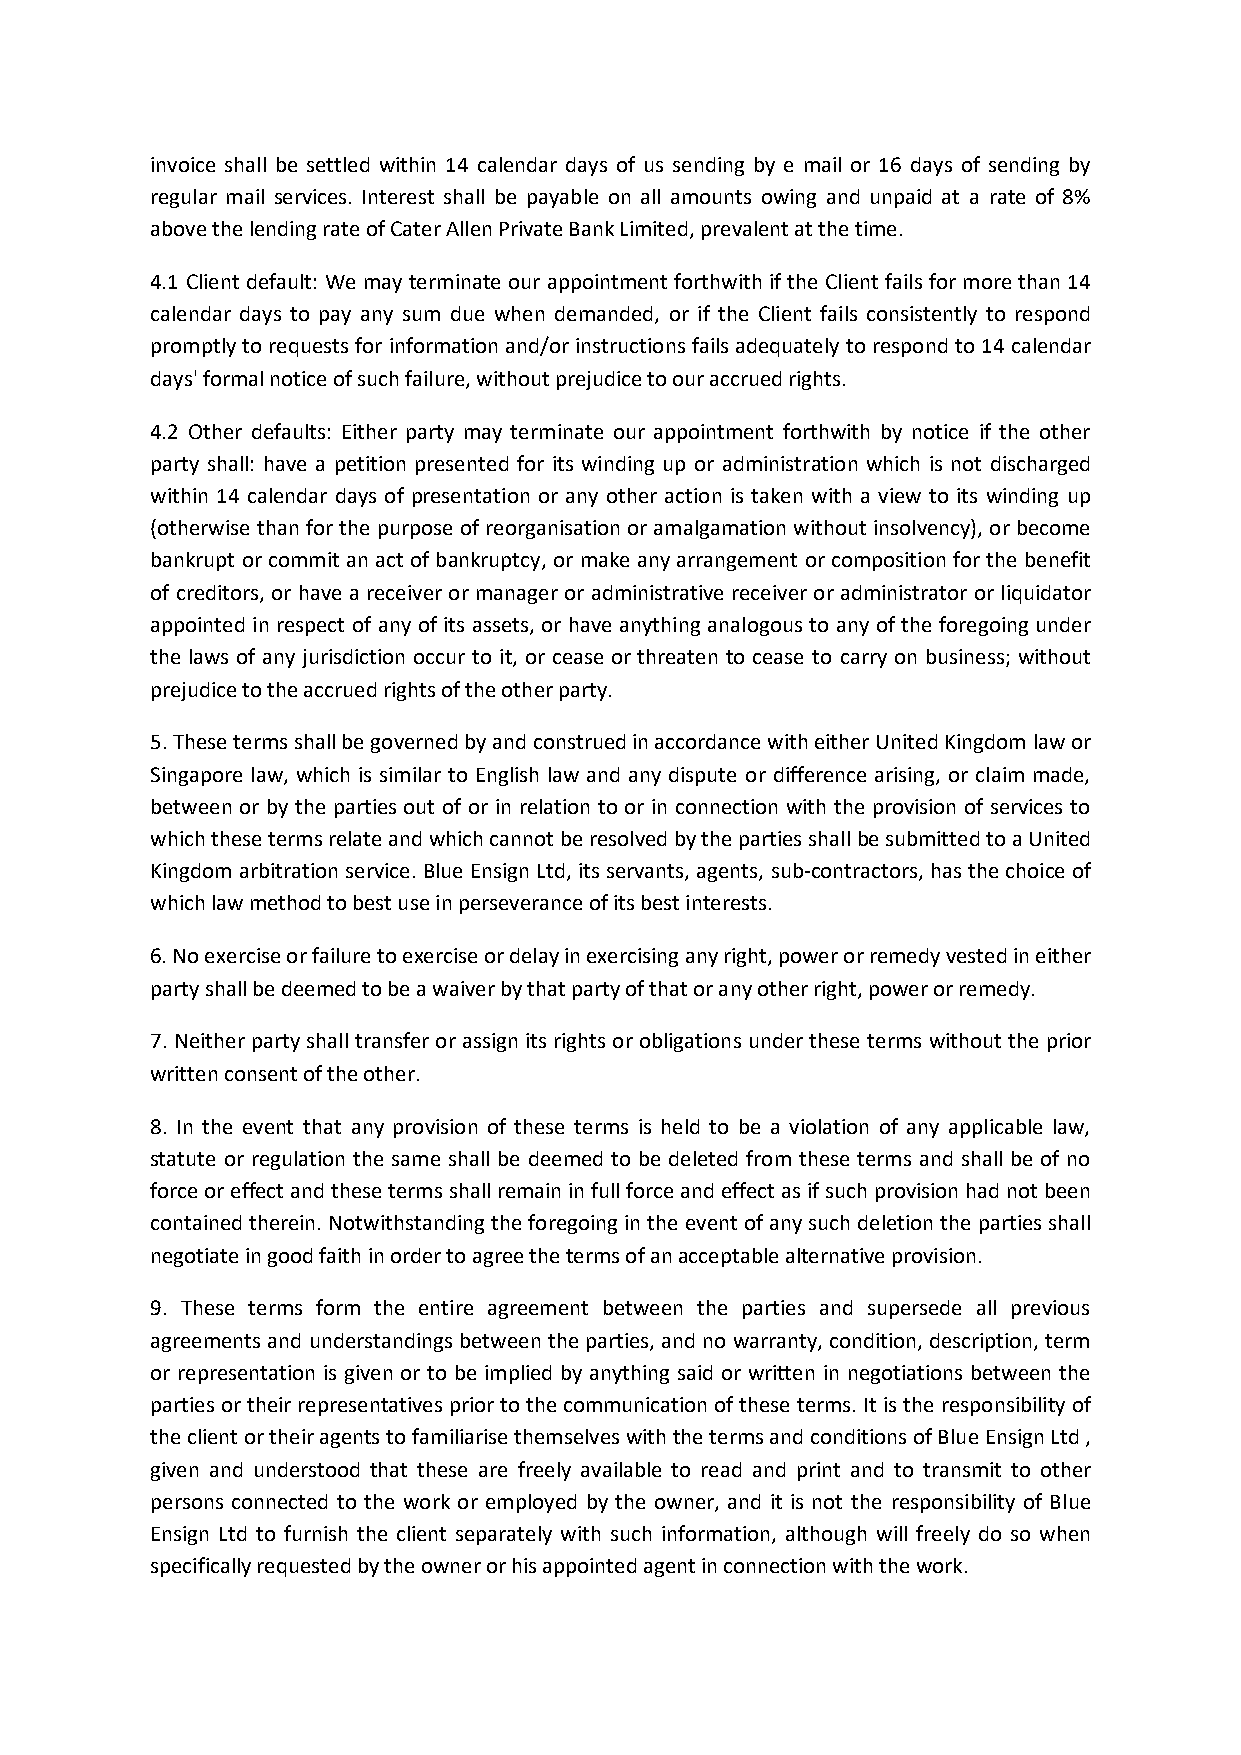
invoice shall be settled within 14 calendar days of us sending by e mail or 16 days of sending by
 regular mail services. Interest shall be payable on all amounts owing and unpaid at a rate of 8%
 above the lending rate of Cater Allen Private Bank Limited, prevalent at the time.
 4.1 Client default: We may terminate our appointment forthwith if the Client fails for more than 14
 calendar days to pay any sum due when demanded, or if the Client fails consistently to respond
 promptly to requests for information and/or instructions fails adequately to respond to 14 calendar
 days' formal notice of such failure, without prejudice to our accrued rights.
 4.2 Other defaults: Either party may terminate our appointment forthwith by notice if the other
 party shall: have a petition presented for its winding up or administration which is not discharged
 within 14 calendar days of presentation or any other action is taken with a view to its winding up
 (otherwise than for the purpose of reorganisation or amalgamation without insolvency), or become
 bankrupt or commit an act of bankruptcy, or make any arrangement or composition for the benefit
 of creditors, or have a receiver or manager or administrative receiver or administrator or liquidator
 appointed in respect of any of its assets, or have anything analogous to any of the foregoing under
 the laws of any jurisdiction occur to it, or cease or threaten to cease to carry on business; without
 prejudice to the accrued rights of the other party.
 5. These terms shall be governed by and construed in accordance with either United Kingdom law or
 Singapore law, which is similar to English law and any dispute or difference arising, or claim made,
 between or by the parties out of or in relation to or in connection with the provision of services to
 which these terms relate and which cannot be resolved by the parties shall be submitted to a United
 Kingdom arbitration service. Blue Ensign Ltd, its servants, agents, sub-contractors, has the choice of
 which law method to best use in perseverance of its best interests.
 6. No exercise or failure to exercise or delay in exercising any right, power or remedy vested in either
 party shall be deemed to be a waiver by that party of that or any other right, power or remedy.
 7. Neither party shall transfer or assign its rights or obligations under these terms without the prior
 written consent of the other.
 8. In the event that any provision of these terms is held to be a violation of any applicable law,
 statute or regulation the same shall be deemed to be deleted from these terms and shall be of no
 force or effect and these terms shall remain in full force and effect as if such provision had not been
 contained therein. Notwithstanding the foregoing in the event of any such deletion the parties shall
 negotiate in good faith in order to agree the terms of an acceptable alternative provision.
 9. These terms form the entire agreement between the parties and supersede all previous
 agreements and understandings between the parties, and no warranty, condition, description, term
 or representation is given or to be implied by anything said or written in negotiations between the
 parties or their representatives prior to the communication of these terms. It is the responsibility of
 the client or their agents to familiarise themselves with the terms and conditions of Blue Ensign Ltd ,
 given and understood that these are freely available to read and print and to transmit to other
 persons connected to the work or employed by the owner, and it is not the responsibility of Blue
 Ensign Ltd to furnish the client separately with such information, although will freely do so when
 specifically requested by the owner or his appointed agent in connection with the work.